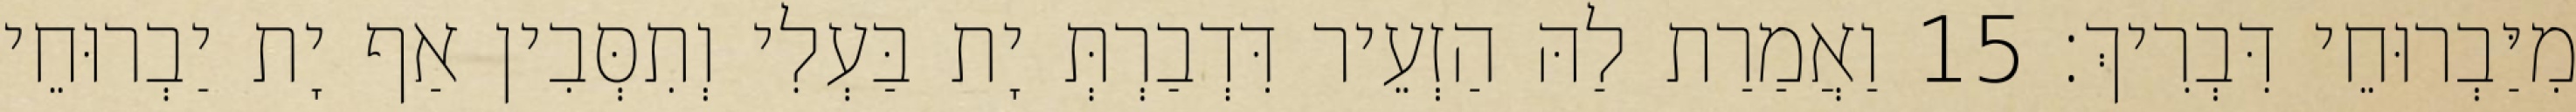
מִיַּבְרוּחֵי דִּבְרִיךְ׃ 15 וַאֲמַרַת לַהּ הַזְעֵיר דִּדְבַרְתְּ יָת בַּעְלִי וְתִסְּבִין אַף יָת יַבְרוּחֵי